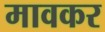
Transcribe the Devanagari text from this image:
मावकर